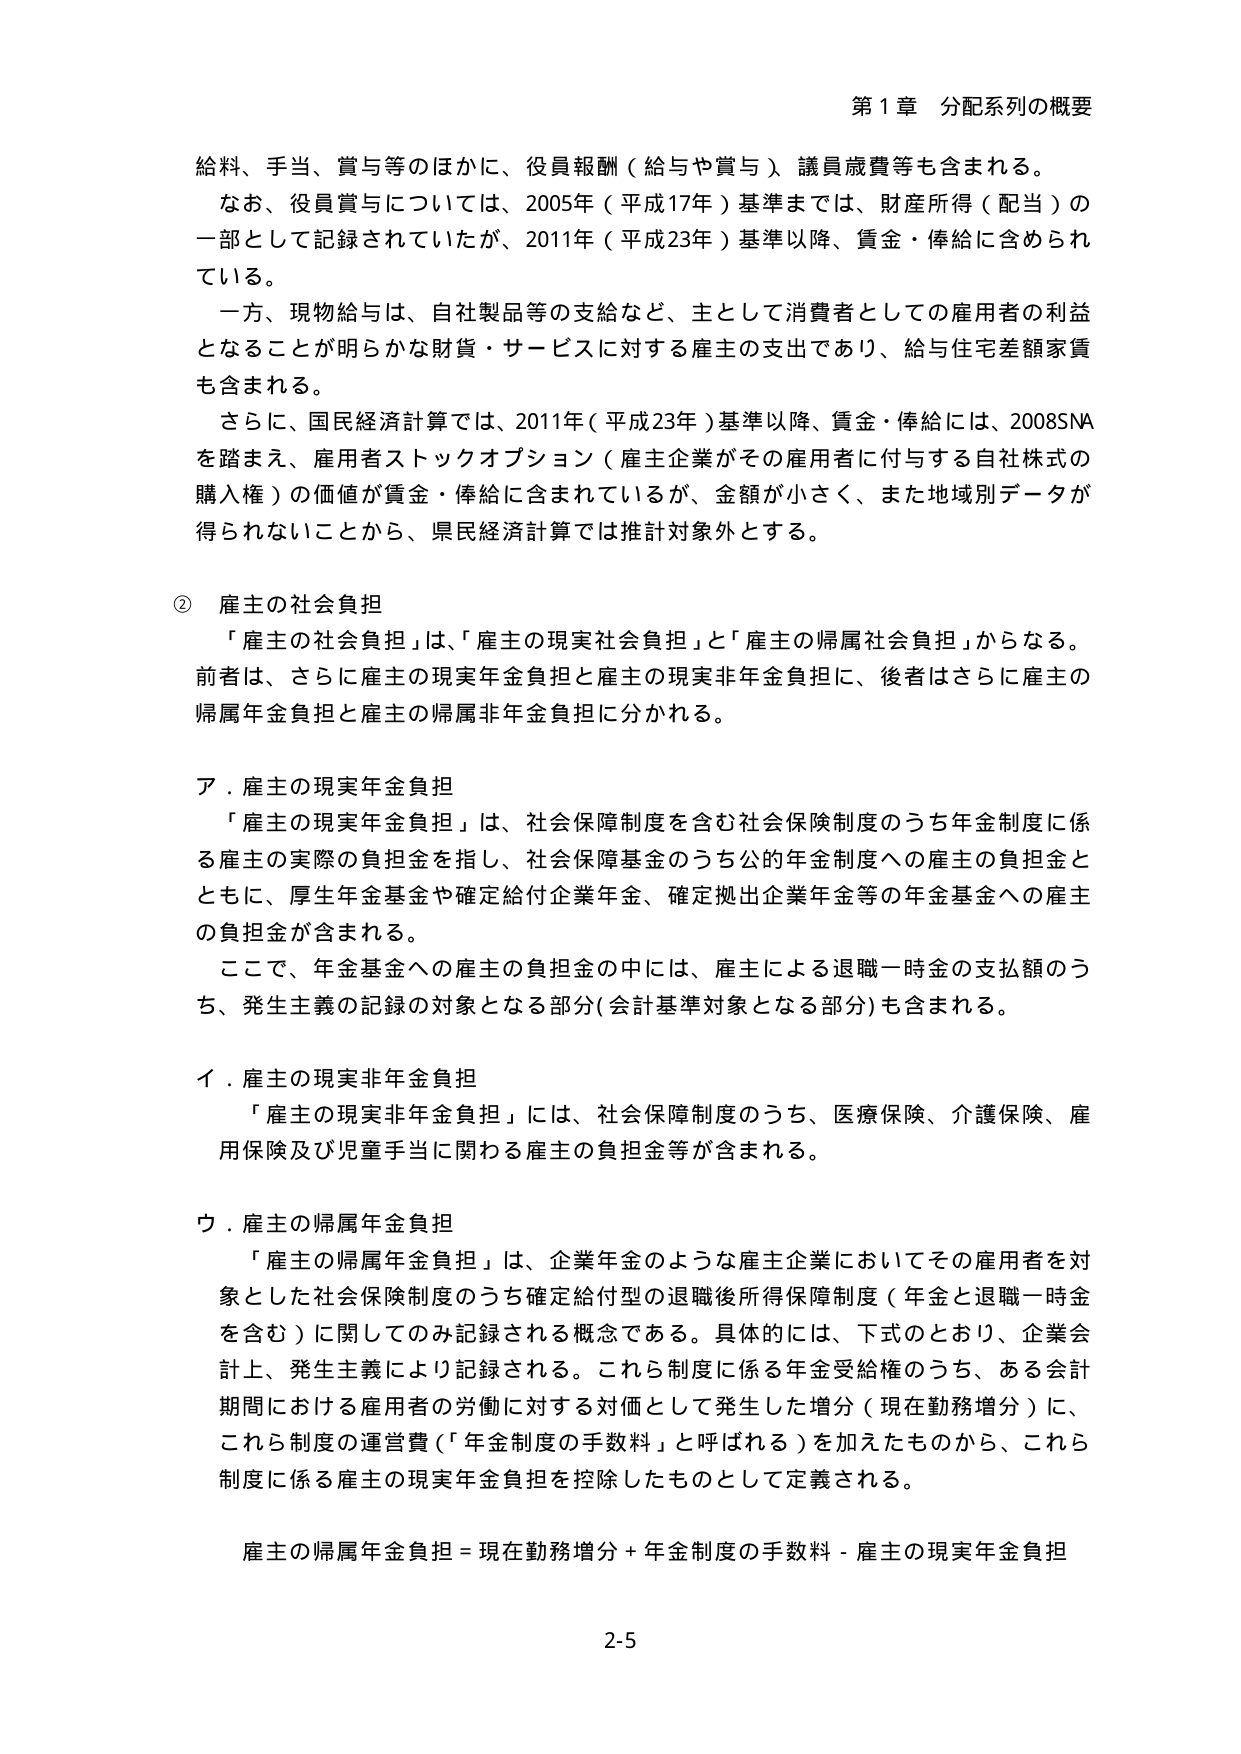
第1章 分配系列の概要

給料、手当、賞与等のほかに、役員報酬（給与や賞与）、議員歳費等も含まれる。
なお、役員賞与については、2005年（平成17年）基準までは、財産所得（配当）の一部として記録されていたが、2011年（平成23年）基準以降、賃金・俸給に含められている。
一方、現物給与は、自社製品等の支給など、主として消費者としての雇用者の利益となることが明らかな財貨・サービスに対する雇主の支出であり、給与住宅差額家賃も含まれる。
さらに、国民経済計算では、2011年（平成23年）基準以降、賃金・俸給には、2008SNAを踏まえ、雇用者ストックオプション（雇主企業がその雇用者に付与する自社株式の購入権）の価値が賃金・俸給に含まれているが、金額が小さく、また地域別データが得られないことから、県民経済計算では推計対象外とする。

② 雇主の社会負担
「雇主の社会負担」は、「雇主の現実社会負担」と「雇主の帰属社会負担」からなる。前者は、さらに雇主の現実年金負担と雇主の現実非年金負担に、後者はさらに雇主の帰属年金負担と雇主の帰属非年金負担に分かれる。

ア．雇主の現実年金負担
「雇主の現実年金負担」は、社会保障制度を含む社会保険制度のうち年金制度に係る雇主の実際の負担金を指し、社会保障基金のうち公的年金制度への雇主の負担金とともに、厚生年金基金や確定給付企業年金、確定拠出企業年金等の年金基金への雇主の負担金が含まれる。
ここで、年金基金への雇主の負担金の中には、雇主による退職一時金の支払額のうち、発生主義の記録の対象となる部分（会計基準対象となる部分）も含まれる。

イ．雇主の現実非年金負担
「雇主の現実非年金負担」には、社会保障制度のうち、医療保険、介護保険、雇用保険及び児童手当に関わる雇主の負担金等が含まれる。

ウ．雇主の帰属年金負担
「雇主の帰属年金負担」は、企業年金のような雇主企業においてその雇用者を対象とした社会保険制度のうち確定給付型の退職後所得保障制度（年金と退職一時金を含む）に関してのみ記録される概念である。具体的には、下式のとおり、企業会計上、発生主義により記録される。これら制度に係る年金受給権のうち、ある会計期間における雇用者の労働に対する対価として発生した増分（現在勤務増分）に、これら制度の運営費（「年金制度の手数料」と呼ばれる）を加えたものから、これら制度に係る雇主の現実年金負担を控除したものとして定義される。

雇主の帰属年金負担 = 現在勤務増分 + 年金制度の手数料 - 雇主の現実年金負担

2-5